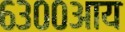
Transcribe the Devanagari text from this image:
६३००आय